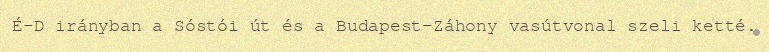
É-D irányban a Sóstói út és a Budapest-Záhony vasútvonal szeli ketté.